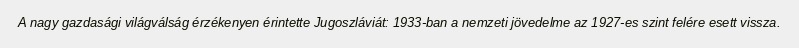
A nagy gazdasági világválság érzékenyen érintette Jugoszláviát: 1933-ban a nemzeti jövedelme az 1927-es szint felére esett vissza.